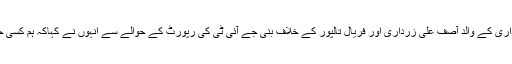
جعلی اکاؤنٹس کیس میں بلاول بھٹو زرداری کے والد آصف علی زرداری اور فریال تالپور کے خلاف بنی جے آئی ٹی کی رپورٹ کے حوالے سے انہوں نے کہاکہ ہم کسی جعلی جھوٹی جے آئی ٹی کو نہیں مانتے۔